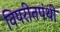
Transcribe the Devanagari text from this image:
विपरीतपंथी